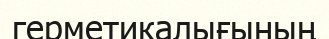
герметикалығының